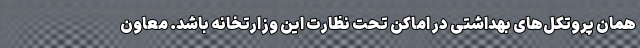
همان پروتکل‌های بهداشتی در اماکن تحت نظارت این وزارتخانه باشد. معاون